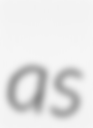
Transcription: as